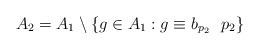
LaTeX: \begin{align*}A_2=A_1\setminus \{g\in A_1: g\equiv b_{p_2}~~p_2\}\end{align*}